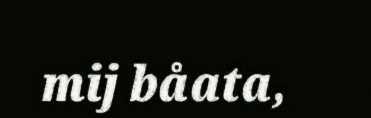
mij båata,